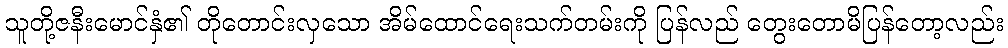
သူတို့ဇနီးမောင်နှံ၏ တိုတောင်းလှသော အိမ်ထောင်ရေးသက်တမ်းကို ပြန်လည် တွေးတောမိပြန်တော့လည်း